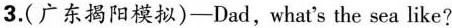
3.(广东揭阳模拟)-Dad,what's the sea like?